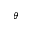
\theta